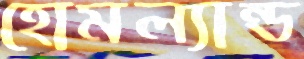
হোমল্যান্ড